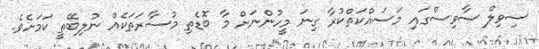
ސިވިލް ސާވިސްގައި މަސައްކަތްކުރާ ގިނަ މީހުންނަށް މާ ބޮޑެތި މުސާރަތަކެއް ނުލިބޭތީ ކަމަށެވެ.